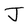
Character: J